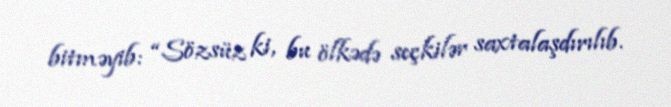
bitməyib: “Sözsüz ki, bu ölkədə seçkilər saxtalaşdırılıb.